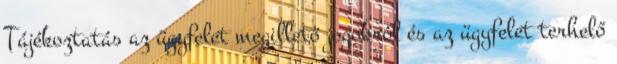
Tájékoztatás az ügyfelet megillető jogokról és az ügyfelet terhelő